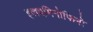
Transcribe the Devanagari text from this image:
इलएमिनोफिनो